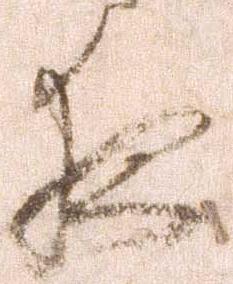
夜